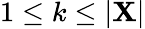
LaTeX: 1\leq k\leq|\mathbf{X}|